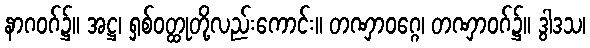
နာဂဝဂ်၌။ အဋ္ဌ၊ ရှစ်ဝတ္ထုတို့လည်းကောင်း။ တဏှာဝဂ္ဂေ၊ တဏှာဝဂ်၌။ ဒွါဒသ၊